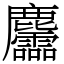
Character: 麢